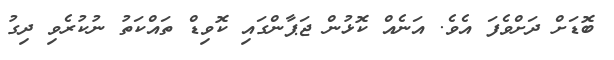
ބޮޑަށް ދަށްވެފަ އެވެ. އަނެއް ކޮޅުން ޖަޕާންގައި ކޮވިޑް ތައްކަތު ނުކުރެވި ދިގު